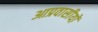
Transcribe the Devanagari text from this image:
आप्रवासीयों